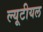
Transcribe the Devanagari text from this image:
ल्यूटीयल